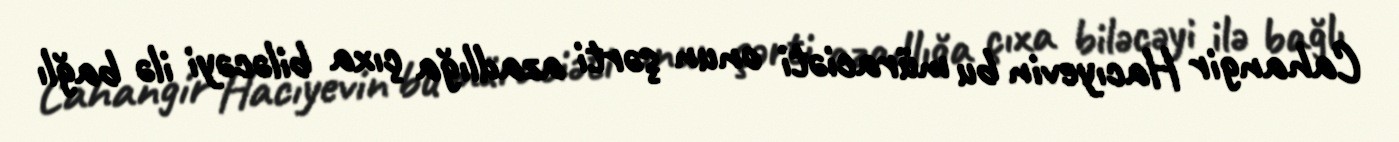
Cahangir Hacıyevin bu müraciəti onun şərti azadlığa çıxa biləcəyi ilə bağlı